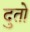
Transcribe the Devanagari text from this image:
दुतो